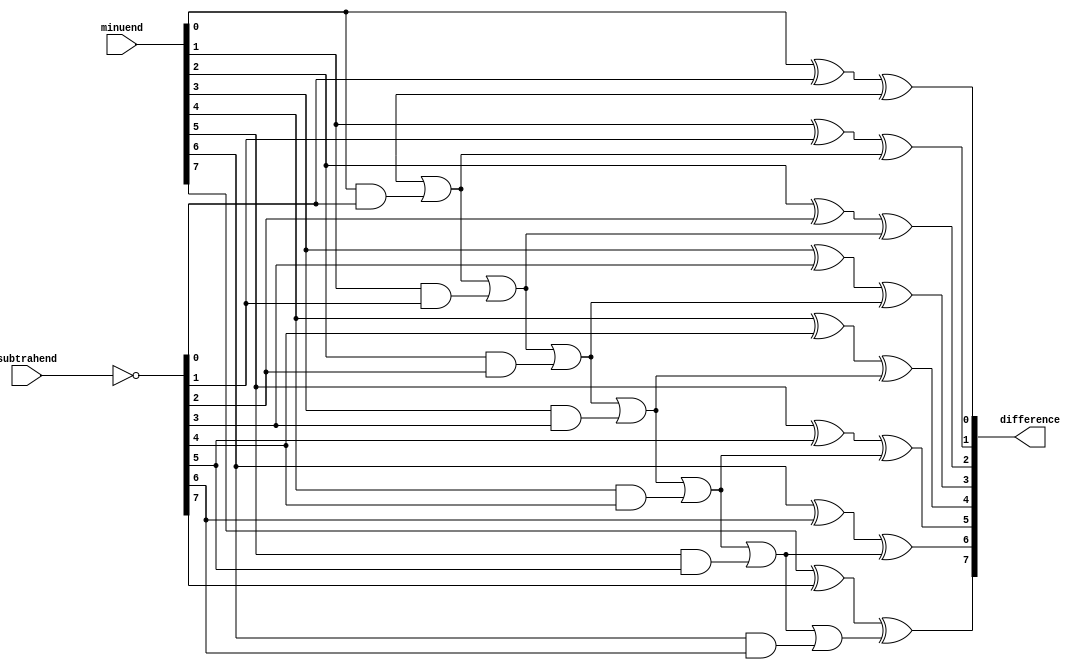
module Combinational_logic_blocks_Structural_Subtractor(
    input [7:0] minuend,
    input [7:0] subtrahend,
    output reg [7:0] difference
);

reg borrow;
wire [7:0] inverted_subtrahend;
wire [7:0] borrow_out;

assign inverted_subtrahend = ~subtrahend;

assign borrow_out[0] = borrow | (minuend[0] & inverted_subtrahend[0]);
assign borrow_out[1] = borrow_out[0] | (minuend[1] & inverted_subtrahend[1]);
assign borrow_out[2] = borrow_out[1] | (minuend[2] & inverted_subtrahend[2]);
assign borrow_out[3] = borrow_out[2] | (minuend[3] & inverted_subtrahend[3]);
assign borrow_out[4] = borrow_out[3] | (minuend[4] & inverted_subtrahend[4]);
assign borrow_out[5] = borrow_out[4] | (minuend[5] & inverted_subtrahend[5]);
assign borrow_out[6] = borrow_out[5] | (minuend[6] & inverted_subtrahend[6]);
assign borrow_out[7] = borrow_out[6] | (minuend[7] & inverted_subtrahend[7]);

always @(*) begin
    difference[0] = minuend[0] ^ inverted_subtrahend[0] ^ borrow;
    difference[1] = minuend[1] ^ inverted_subtrahend[1] ^ borrow_out[0];
    difference[2] = minuend[2] ^ inverted_subtrahend[2] ^ borrow_out[1];
    difference[3] = minuend[3] ^ inverted_subtrahend[3] ^ borrow_out[2];
    difference[4] = minuend[4] ^ inverted_subtrahend[4] ^ borrow_out[3];
    difference[5] = minuend[5] ^ inverted_subtrahend[5] ^ borrow_out[4];
    difference[6] = minuend[6] ^ inverted_subtrahend[6] ^ borrow_out[5];
    difference[7] = minuend[7] ^ inverted_subtrahend[7] ^ borrow_out[6];
end

endmodule